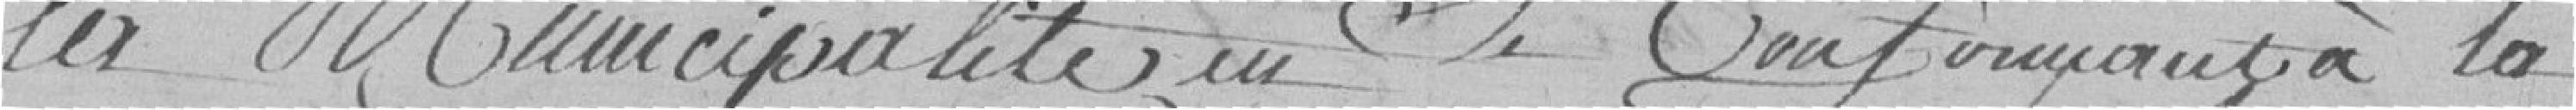
la Municipalité en se conformant à la